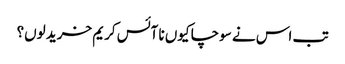
تب اس نے سوچا کیوں نا آئس کریم خرید لوں؟